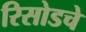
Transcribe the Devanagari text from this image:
रिसोडचे